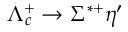
\Lambda _ { c } ^ { + } \to \Sigma ^ { * + } \eta ^ { \prime }